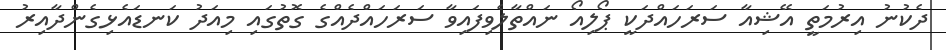
ދެކުނު އިރުމަތީ އޭޝިއާ ސަރަހައްދަކީ ޕޯލިއޯ ނައްތާލެވިފައިވާ ސަރަހައްދެއްގެ ގޮތުގައި މިއަދު ކަނޑައެޅިގެންދާއިރު